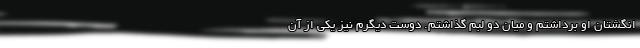
انگشتان او برداشتم و میان دو لبم گذاشتم. دوست دیگرم نیز یکی از آن